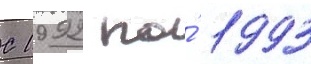
С 1992 по́ 1993